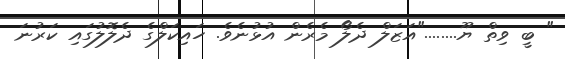
" ބީ ވިތް ޔޫ........"އަޒަލް ދެލޯ މެރެން އުޅުނެވެ. ހައިކަލްގެ ދެލޮލުގައި ކަރުނަ